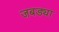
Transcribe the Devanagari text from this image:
जबड्या